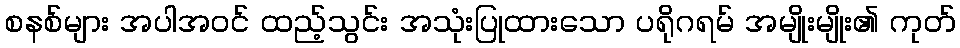
စနစ်များ အပါအဝင် ထည့်သွင်း အသုံးပြုထားသော ပရိုဂရမ် အမျိုးမျိုး၏ ကုတ်